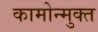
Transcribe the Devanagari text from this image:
कामोन्मुक्त